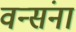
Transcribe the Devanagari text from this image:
वन्संना